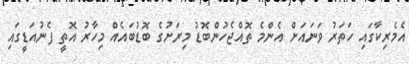
އެމެރިކާގައި ހަތަރު ވަނައަށް އެންމެ ތޮއްޖެހުންބޮޑު މިރަށުގެ ބޮޑުބައެއް މިހާރު އޮތީ ފެނުއަޑީގައި